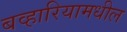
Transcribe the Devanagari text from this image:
बव्हारियामधील